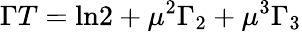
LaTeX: \Gamma T=\ln\! 2+\mu^{2}\Gamma_{2}+\mu^{3}\Gamma_{3}